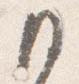
日